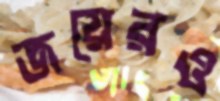
জয়েরও